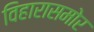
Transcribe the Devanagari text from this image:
विहारासमोर